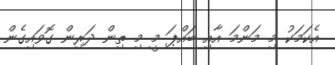
އެކަމަކު މި މަންމަ އާއި ބައްޕަ މީ މި ތިން ދަރިން ގޮވައިގެން